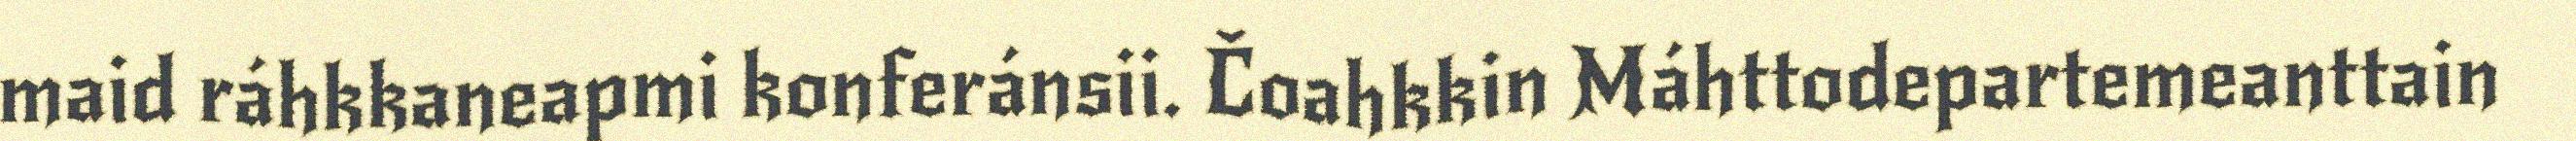
maid ráhkkaneapmi konferánsii. Čoahkkin Máhttodepartemeanttain